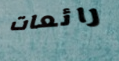
رائعات